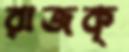
রাজকৃ